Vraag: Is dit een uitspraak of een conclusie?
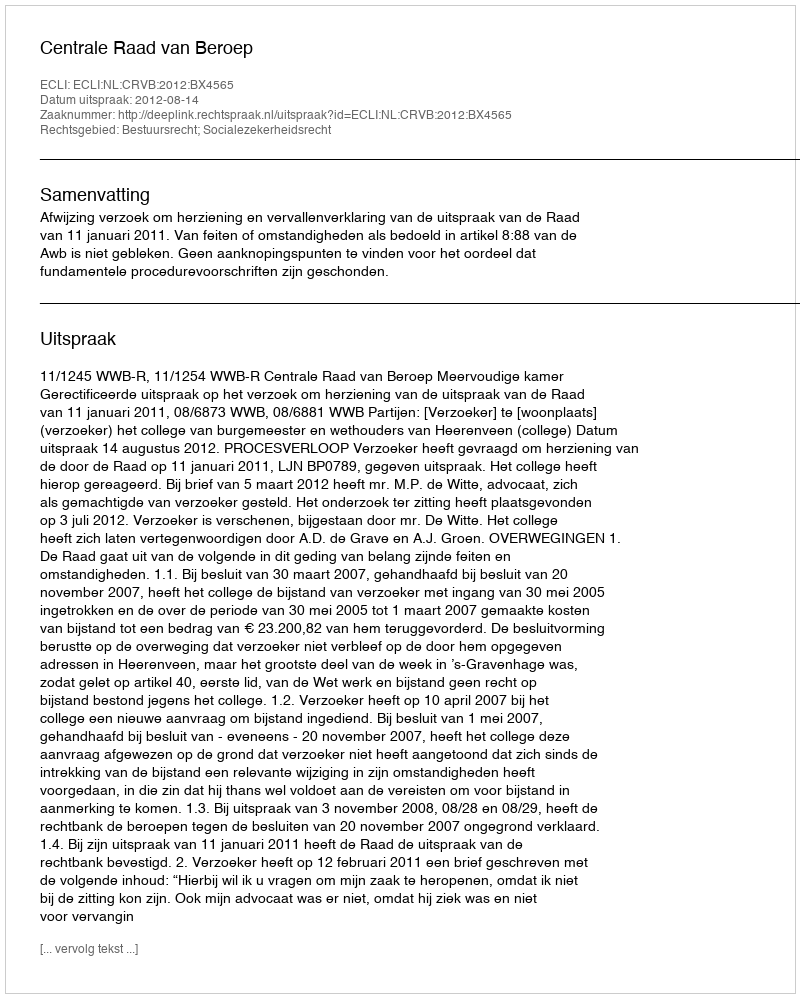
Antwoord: Uitspraak